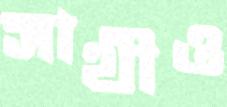
সাথীও